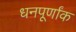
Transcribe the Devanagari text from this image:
धनपूर्णांक